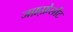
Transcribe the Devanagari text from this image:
जफ़्फ़ेर्लोट